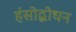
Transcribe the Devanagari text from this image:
हंसोद्बोधन